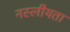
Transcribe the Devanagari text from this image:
नस्लीयता